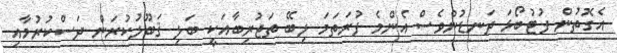
އެގޮތުން ފުޓުބޯޅަ ދަނޑުންވެސް އެންމެ ފުރަތަމަ ލިބޭ ތަޖުރިބާއަކީ ބަލި ޤަބޫލުކުރަން ދަސްކުރުމާއި